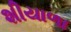
શીયાળા